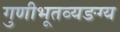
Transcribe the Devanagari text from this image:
गुणीभूतव्यङग्य